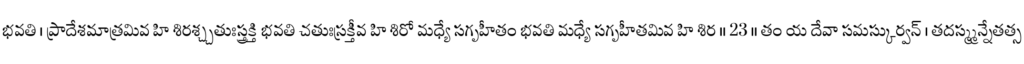
భవతి । ప్రాదేశమాత్రమివ హి శిరశ్చ్చతుఃస్త్రక్తి భవతి చతుఃస్రక్తీవ హి శిరో మధ్యే సగృహీతం భవతి మధ్యే సగృహీతమివ హి శిర ॥ 23 ॥ తం య దేవా సమస్కుర్వన్ । తదస్మ్మన్నేతత్స